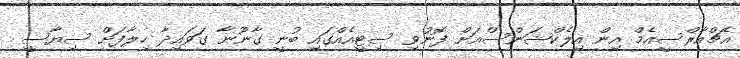
އެޗްއާރްސީއެމް އިން އިލެކްޝަންސްއަށް ފޮނުވި ސިޓީއެއްގައި ބުނީ ގާނޫނާ ގަވައިދާ ހިލާފަށް ސިޔާސީ